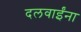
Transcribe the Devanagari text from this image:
दलवाईंना